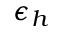
\epsilon _ { h }